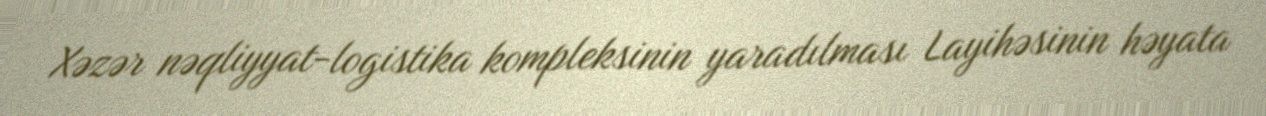
Xəzər nəqliyyat-logistika kompleksinin yaradılması Layihəsinin həyata